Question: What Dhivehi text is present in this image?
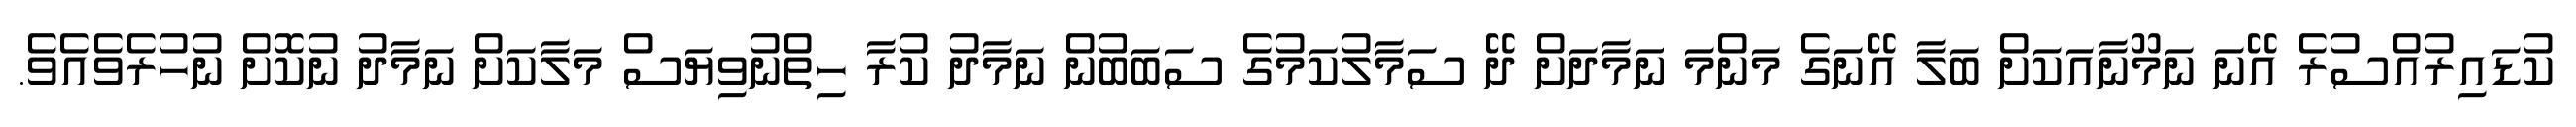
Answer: ކުޑައިރުއްސުރެ އޭނަ ނަމޫނާއަކަށް ބަލާ އޭނަގެ މަންމަ ނަމާދަށް ދޭ ސަމާލުކަމުގެ ސަބަބުން ނަމާދު ކުރާ ހިތްނުވިޔަސް މަލާކަށް ނަމާދު ނުކޮށް ނުހުރެވެއެވެ.